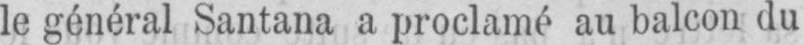
le général Santana a proclamé au balcon du